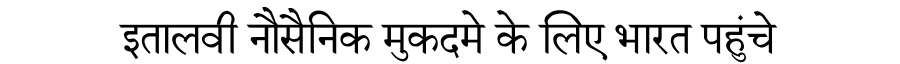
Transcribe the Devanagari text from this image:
इतालवी नौसैनिक मुकदमे के लिए भारत पहुंचे